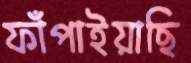
ফাঁপাইয়াছি